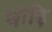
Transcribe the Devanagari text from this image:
छोड़ि